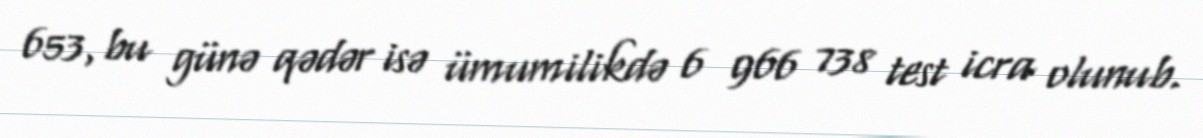
653, bu günə qədər isə ümumilikdə 6 966 738 test icra olunub.